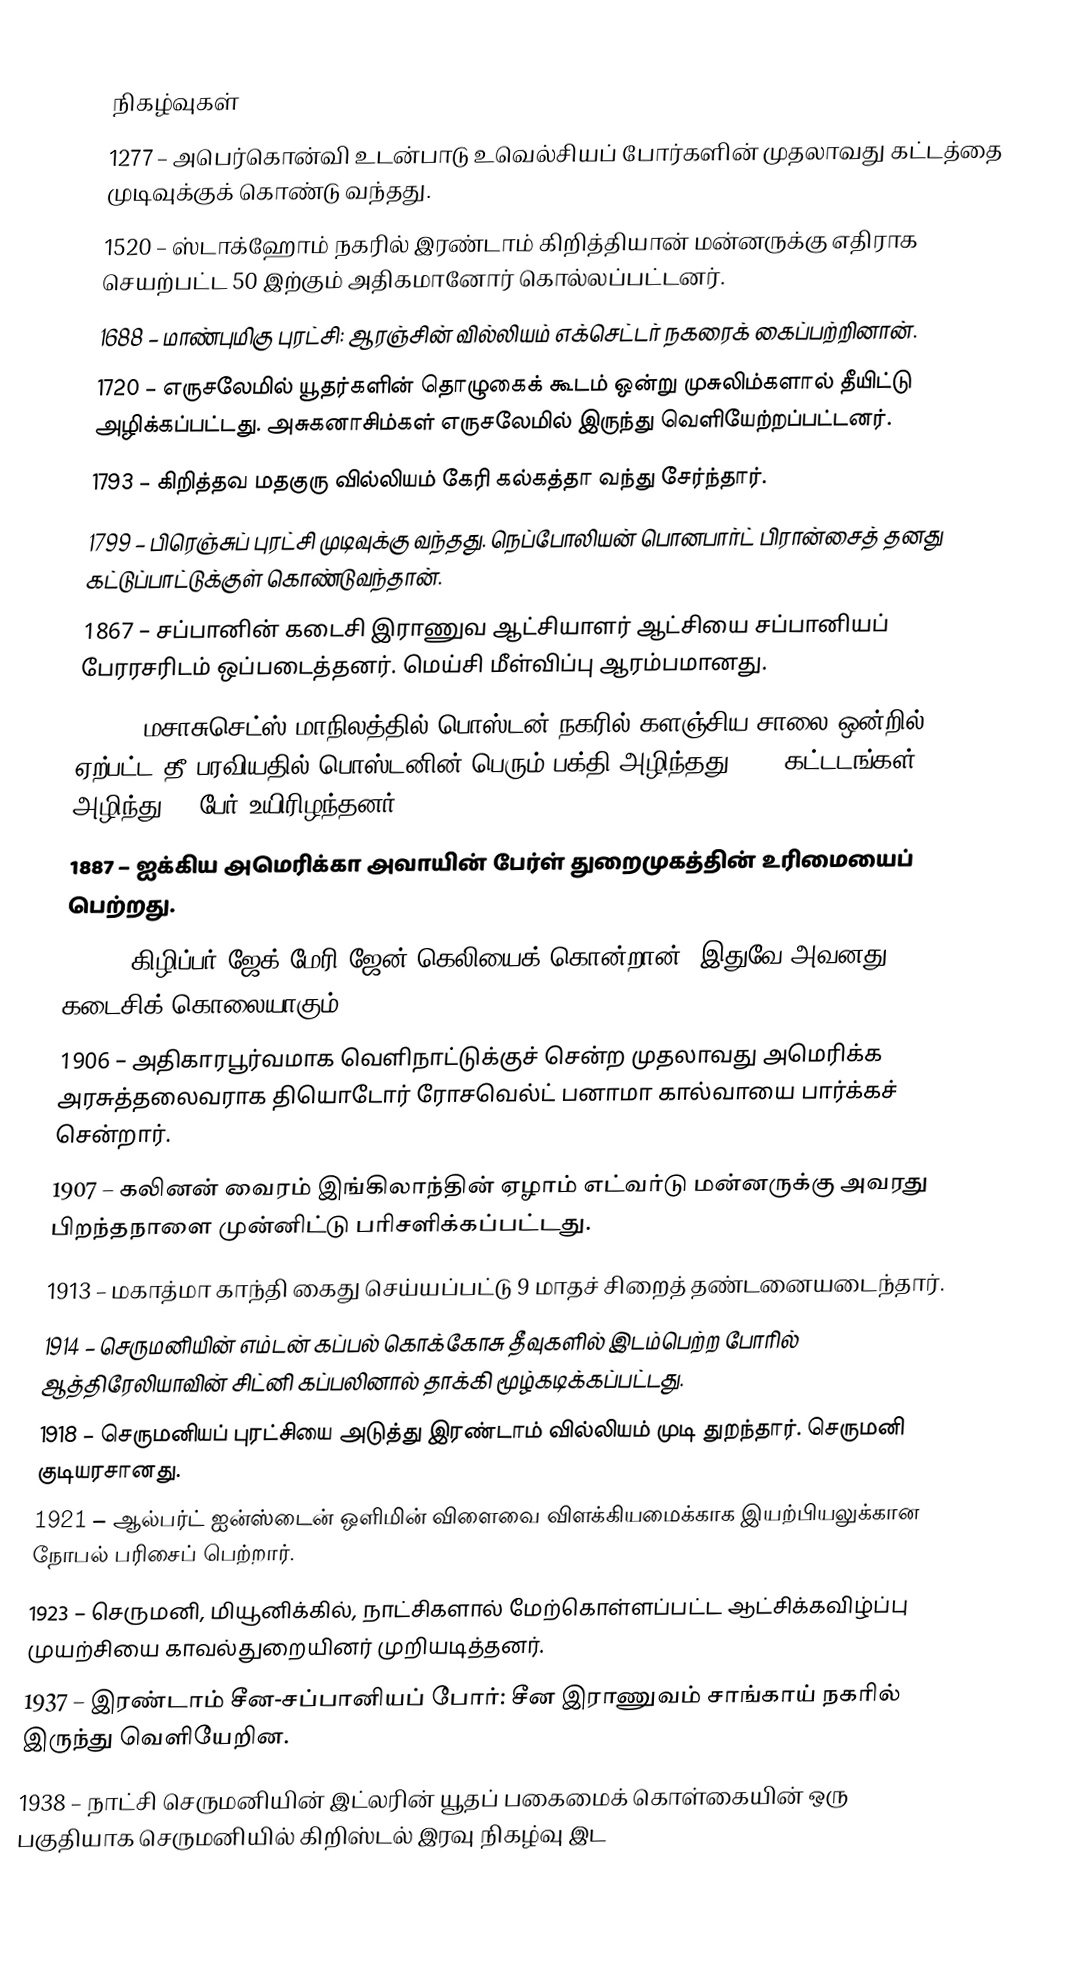

நிகழ்வுகள்
1277 – அபெர்கொன்வி உடன்பாடு உவெல்சியப் போர்களின் முதலாவது கட்டத்தை முடிவுக்குக் கொண்டு வந்தது.
1520 – ஸ்டாக்ஹோம் நகரில் இரண்டாம் கிறித்தியான் மன்னருக்கு எதிராக செயற்பட்ட 50 இற்கும் அதிகமானோர் கொல்லப்பட்டனர்.
1688 – மாண்புமிகு புரட்சி: ஆரஞ்சின் வில்லியம் எக்செட்டர் நகரைக் கைப்பற்றினான்.
1720 – எருசலேமில் யூதர்களின் தொழுகைக் கூடம் ஒன்று முசுலிம்களால் தீயிட்டு அழிக்கப்பட்டது. அசுகனாசிம்கள் எருசலேமில் இருந்து வெளியேற்றப்பட்டனர்.
1793 – கிறித்தவ மதகுரு வில்லியம் கேரி கல்கத்தா வந்து சேர்ந்தார்.
1799 – பிரெஞ்சுப் புரட்சி முடிவுக்கு வந்தது. நெப்போலியன் பொனபார்ட் பிரான்சைத் தனது கட்டுப்பாட்டுக்குள் கொண்டுவந்தான்.
1867 – சப்பானின் கடைசி இராணுவ ஆட்சியாளர் ஆட்சியை சப்பானியப் பேரரசரிடம் ஒப்படைத்தனர். மெய்சி மீள்விப்பு ஆரம்பமானது.
1872 – மசாசுசெட்ஸ் மாநிலத்தில் பொஸ்டன் நகரில் களஞ்சிய சாலை ஒன்றில் ஏற்பட்ட தீ பரவியதில் பொஸ்டனின் பெரும் பக்தி அழிந்தது. 776 கட்டடங்கள் அழிந்து 20 பேர் உயிரிழந்தனர்.
1887 – ஐக்கிய அமெரிக்கா அவாயின் பேர்ள் துறைமுகத்தின் உரிமையைப் பெற்றது.
1888 – கிழிப்பர் ஜேக் மேரி ஜேன் கெலியைக் கொன்றான். இதுவே அவனது கடைசிக் கொலையாகும்.
1906 – அதிகாரபூர்வமாக வெளிநாட்டுக்குச் சென்ற முதலாவது அமெரிக்க அரசுத்தலைவராக தியொடோர் ரோசவெல்ட் பனாமா கால்வாயை பார்க்கச் சென்றார்.
1907 – கலினன் வைரம் இங்கிலாந்தின் ஏழாம் எட்வர்டு மன்னருக்கு அவரது பிறந்தநாளை முன்னிட்டு பரிசளிக்கப்பட்டது.
1913 – மகாத்மா காந்தி கைது செய்யப்பட்டு 9 மாதச் சிறைத் தண்டனையடைந்தார்.
1914 – செருமனியின் எம்டன் கப்பல் கொக்கோசு தீவுகளில் இடம்பெற்ற போரில் ஆத்திரேலியாவின் சிட்னி கப்பலினால் தாக்கி மூழ்கடிக்கப்பட்டது.
1918 – செருமனியப் புரட்சியை அடுத்து இரண்டாம் வில்லியம் முடி துறந்தார். செருமனி குடியரசானது.
1921 – ஆல்பர்ட் ஐன்ஸ்டைன் ஒளிமின் விளைவை விளக்கியமைக்காக இயற்பியலுக்கான நோபல் பரிசைப் பெற்றார்.
1923 – செருமனி, மியூனிக்கில், நாட்சிகளால் மேற்கொள்ளப்பட்ட ஆட்சிக்கவிழ்ப்பு முயற்சியை காவல்துறையினர் முறியடித்தனர்.
1937 – இரண்டாம் சீன-சப்பானியப் போர்: சீன இராணுவம் சாங்காய் நகரில் இருந்து வெளியேறின.
1938 – நாட்சி செருமனியின் இட்லரின் யூதப் பகைமைக் கொள்கையின் ஒரு பகுதியாக செருமனியில் கிறிஸ்டல் இரவு நிகழ்வு இட